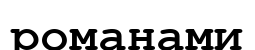
романами